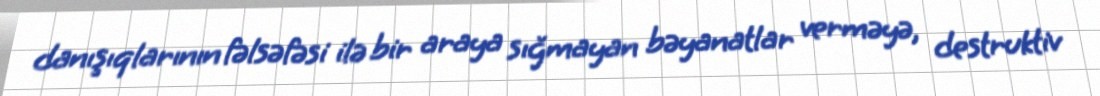
danışıqlarının fəlsəfəsi ilə bir araya sığmayan bəyanatlar verməyə, destruktiv